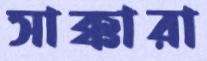
সাক্কারা